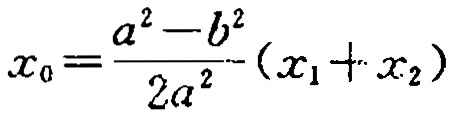
\(x_{0}=\frac{a^{2}-b^{2}}{2a^{2}}(x_{1}+x_{2})\)